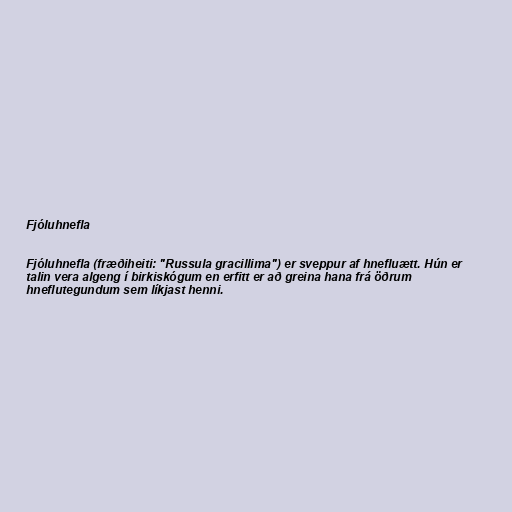
Fjóluhnefla

Fjóluhnefla (fræðiheiti: "Russula gracillima") er sveppur af hnefluætt. Hún er
talin vera algeng í birkiskógum en erfitt er að greina hana frá öðrum
hneflutegundum sem líkjast henni.